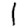
Digit: 1